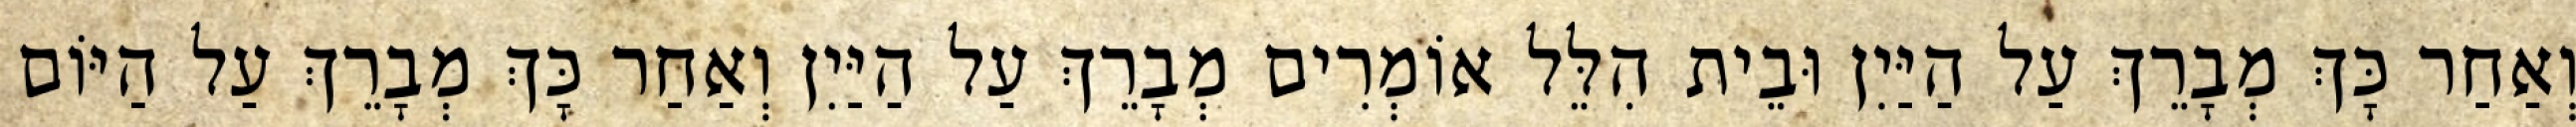
וְאַחַר כָּךְ מְבָרֵךְ עַל הַיַּיִן וּבֵית הִלֵּל אוֹמְרִים מְבָרֵךְ עַל הַיַּיִן וְאַחַר כָּךְ מְבָרֵךְ עַל הַיּוֹם